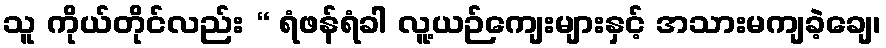
သူ ကိုယ်တိုင်လည်း “ ရံဖန်ရံခါ လူ့ယဉ်ကျေးများနှင့် အသားမကျခဲ့ချေ၊